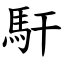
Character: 馯